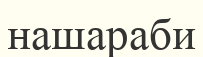
нашараби